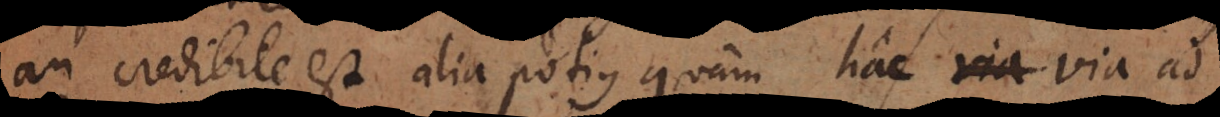
an credibile est alia potius quam hac via via ad